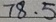
7 8 . 5